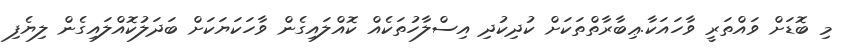
މި ބޮޑަށް ވައްތަރީ ވާހައަކާ.ޢިބާރާތްތަކަށް ކުދިކުދި އިސްލާހުތަކެއް ކޮއްލައިގެން ވާހަކަޔަކަށް ބަދަލުކޮއްލައިގެން ލިޔެފި